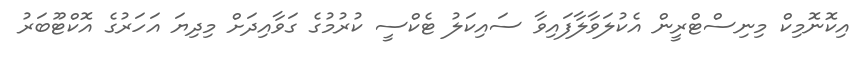
އިކޮނޮމިކް މިނިސްޓްރީން އެކުލަވާލާފައިވާ ސައިކަލު ޓެކްސީ ކުރުމުގެ ގަވާއިދަށް މިދިޔަ އަހަރުގެ އޮކްޓޫބަރު